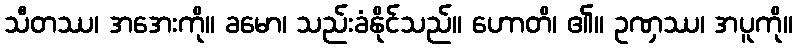
သီတဿ၊ အအေးကို။ ခမော၊ သည်းခံနိုင်သည်။ ဟောတိ၊ ၏။ ဥဏှဿ၊ အပူကို။